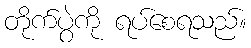
တိုက်ပွဲကို ရပ်စေရသည်။